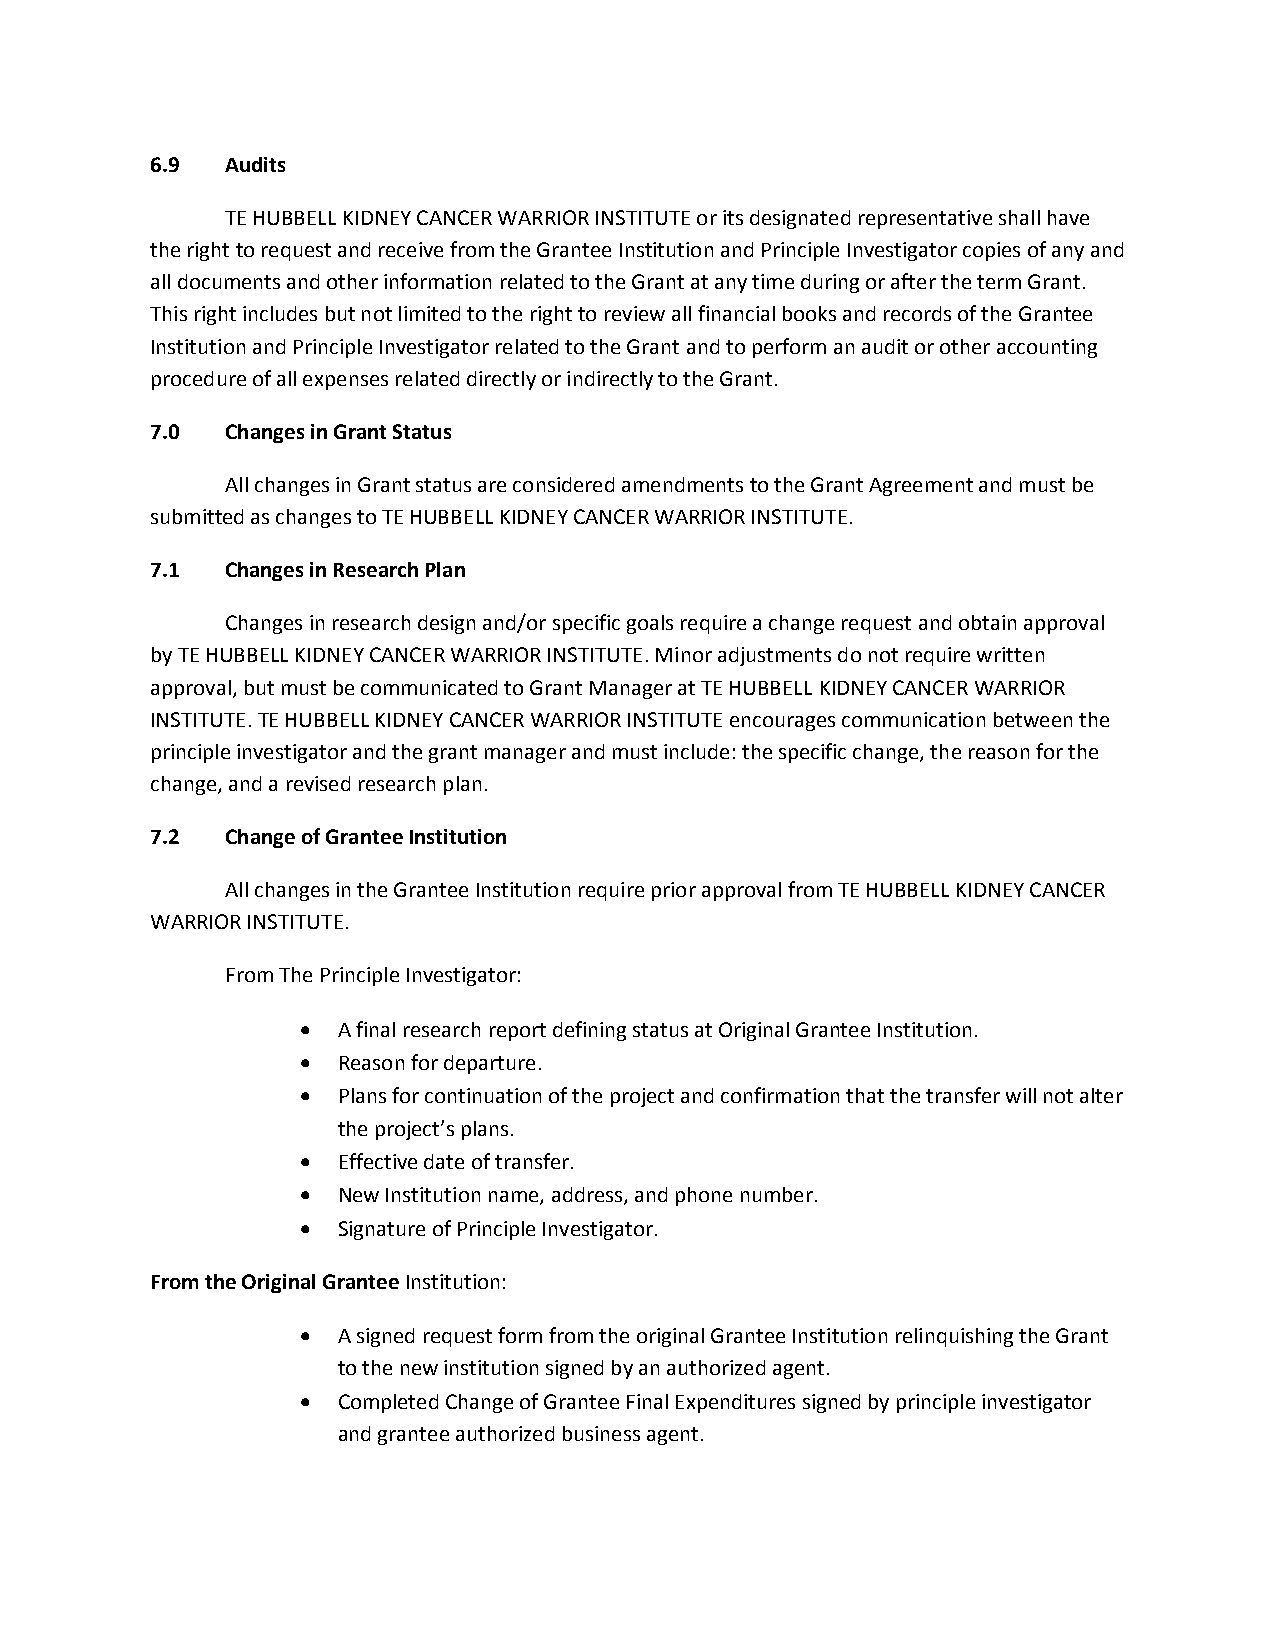
6.9  Audits
 TE HUBBELL KIDNEY CANCER WARRIOR INSTITUTE or its designated representative shall have
 the right to request and receive from the Grantee Institution and Principle Investigator copies of any and
 all documents and other information related to the Grant at any time during or after the term Grant.
 This right includes but not limited to the right to review all financial books and records of the Grantee
 Institution and Principle Investigator related to the Grant and to perform an audit or other accounting
 procedure of all expenses related directly or indirectly to the Grant.
 7.0  Changes in Grant Status
 All changes in Grant status are considered amendments to the Grant Agreement and must be
 submitted as changes to TE HUBBELL KIDNEY CANCER WARRIOR INSTITUTE.
 7.1  Changes in Research Plan
 Changes in research design and/or specific goals require a change request and obtain approval
 by TE HUBBELL KIDNEY CANCER WARRIOR INSTITUTE. Minor adjustments do not require written
 approval, but must be communicated to Grant Manager at TE HUBBELL KIDNEY CANCER WARRIOR
 INSTITUTE. TE HUBBELL KIDNEY CANCER WARRIOR INSTITUTE encourages communication between the
 principle investigator and the grant manager and must include: the specific change, the reason for the
 change, and a revised research plan.
 7.2  Change of Grantee Institution
 All changes in the Grantee Institution require prior approval from TE HUBBELL KIDNEY CANCER
 WARRIOR INSTITUTE.
 From The Principle Investigator:
  A final research report defining status at Original Grantee Institution.
  Reason for departure.
  Plans for continuation of the project and confirmation that the transfer will not alter
 the project’s plans.
  Effective date of transfer.
  New Institution name, address, and phone number.
  Signature of Principle Investigator.
 From the Original Grantee Institution:
  A signed request form from the original Grantee Institution relinquishing the Grant
 to the new institution signed by an authorized agent.
  Completed Change of Grantee Final Expenditures signed by principle investigator
 and grantee authorized business agent.